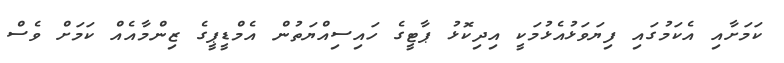
ކަމަށާއި އެކަމުގައި ފިޔަވަޅުއެޅުމަކީ އިދިކޮޅު ޕާޓީގެ ހައިސިއްޔަތުން އެމްޑީޕީގެ ޒިންމާއެއް ކަމަށް ވެސް